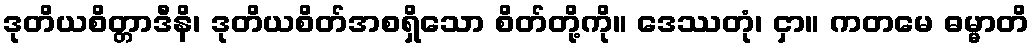
ဒုတိယစိတ္တာဒီနိ၊ ဒုတိယစိတ်အစရှိသော စိတ်တို့ကို။ ဒေဿတုံ၊ ငှာ။ ကတမေ ဓမ္မာတိ